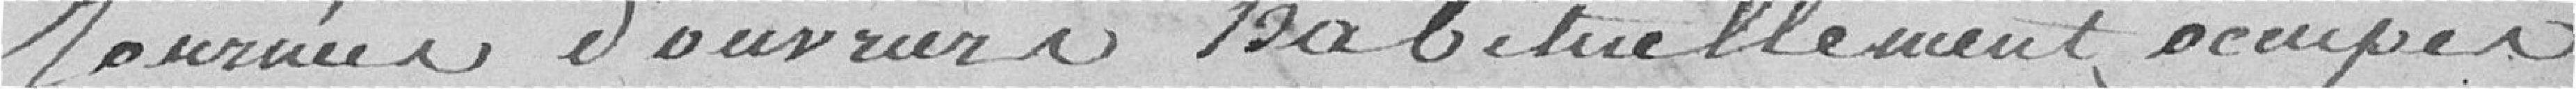
journées d'ouvriers habituellement occupés